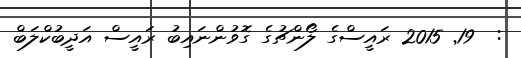
:  19